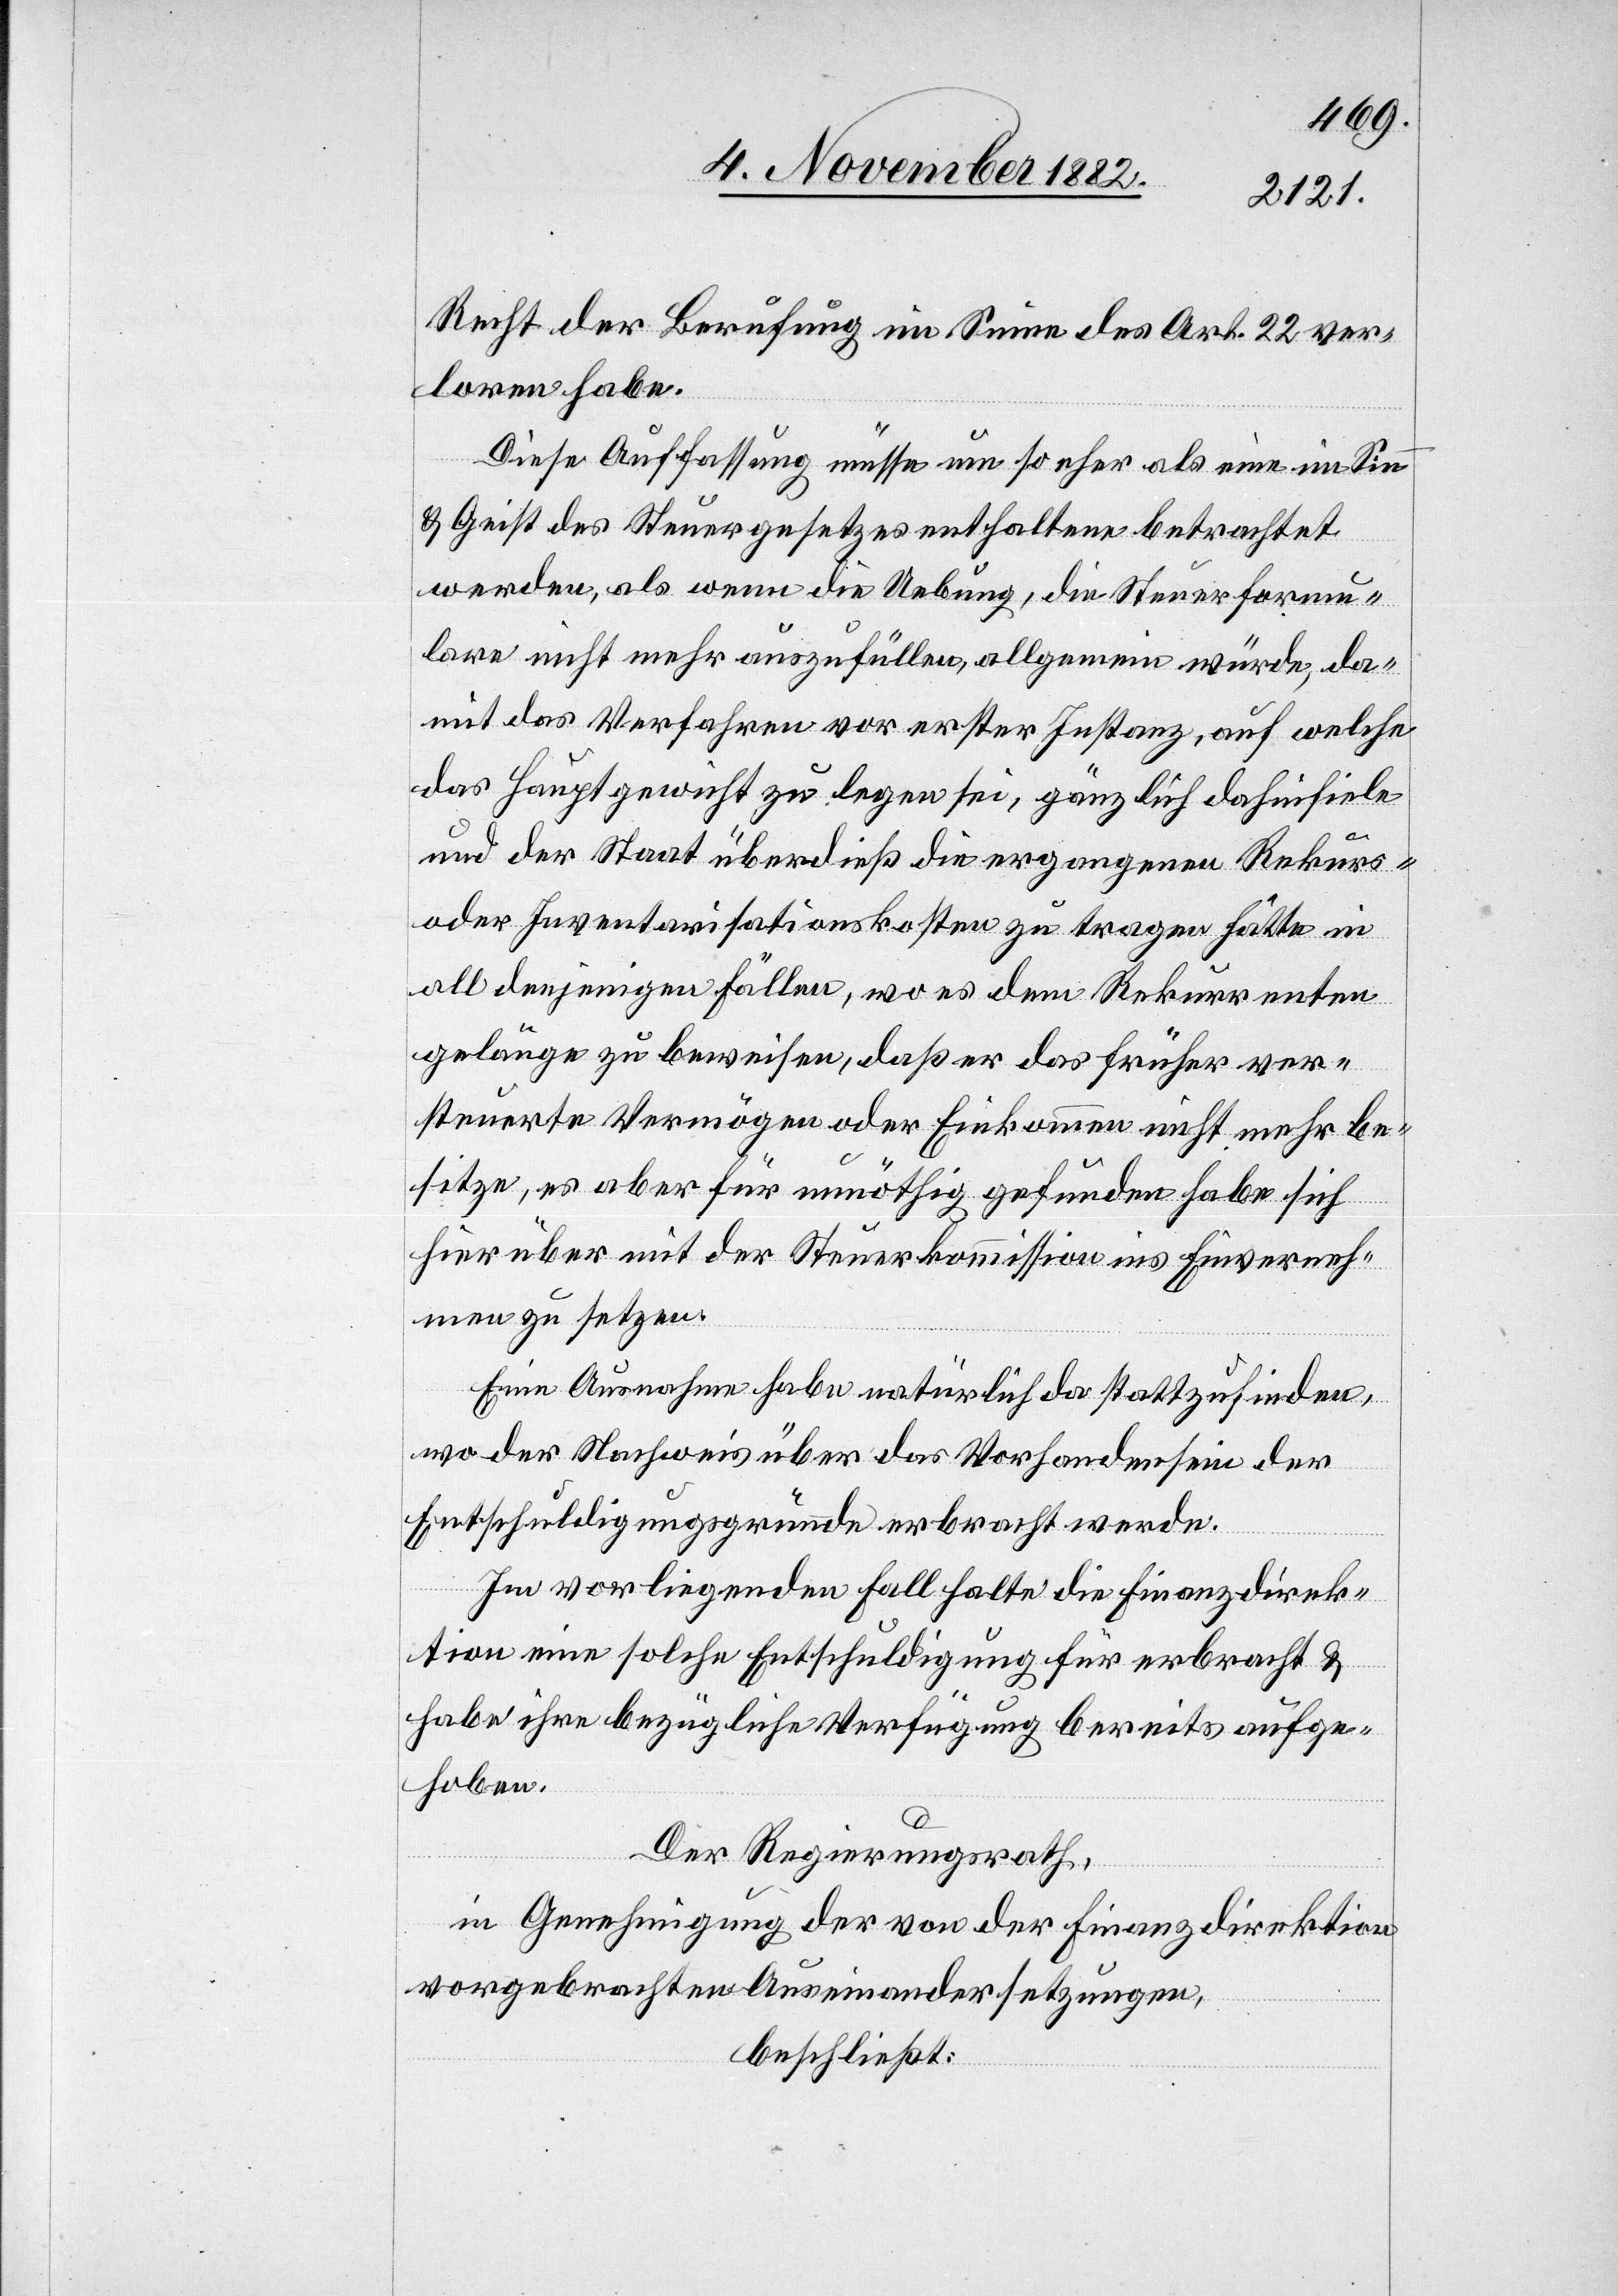
Recht der Berufung im Sinne des Art. 22 ver¬
loren habe.
Diese Auffassung müsse um so eher als eine im Sinn
&% Geist des Steuergesetzes enthaltene betrachtet
werden, als wenn die Uebung, die Steuerformu¬
lare nicht mehr auszufüllen, allgemein würde, da¬
mit das Verfahren vor erster Instanz, auf welche
das Hauptgewicht zu legen sei, gänzlich dahinfiele
und der Staat überdieß die ergangenen Rekurs-
oder Inventarisationskosten zu tragen hätte in
all denjenigen Fällen, wo es dem Rekurrenten
gelänge zu beweisen, daß er das früher ver¬
steuerte Vermögen oder Einkommen nicht mehr be¬
sitze, es aber für unnöthig gefunden habe sich
hierüber mit der Steuerkommission ins Einverneh¬
men zu setzen.
Eine Ausnahme habe natürlich da stattzufinden,
wo der Nachweis über das Vorhandensein der
Entschuldigungsgründe erbracht werde.
Im vorliegenden Fall halte die Finanzdirek¬
tion eine solche Entschuldigung für erbracht &
habe ihre bezügliche Verfügung bereits aufge¬
hoben.
Der Regierungsrath,
in Genehmigung der von der Finanzdirektion
vorgebrachten Auseinandersetzungen,
beschließt: